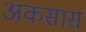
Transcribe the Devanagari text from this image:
अकसास